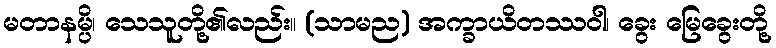
မတာနမ္ပိ၊ သေသူတို့၏လည်း။ (သာမည) အက္ခာယိတဿဝါ၊ ခွေး မြေခွေးတို့